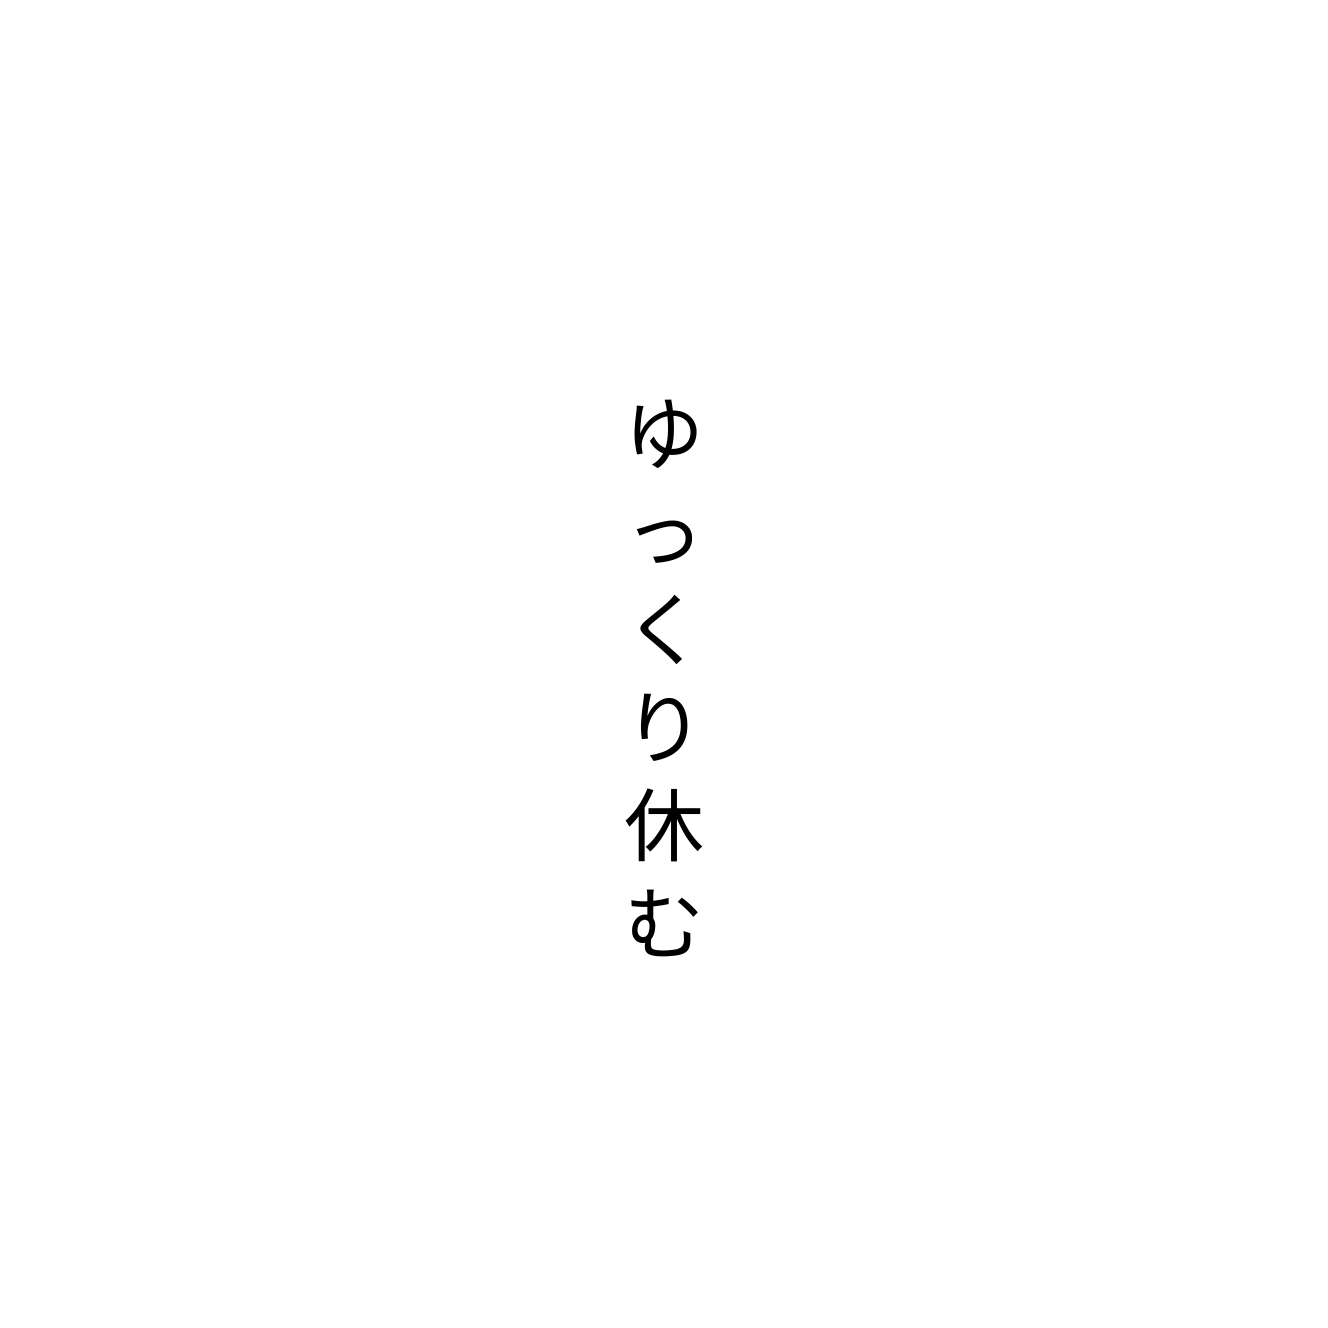
ゆっくり休む